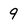
Character: 9